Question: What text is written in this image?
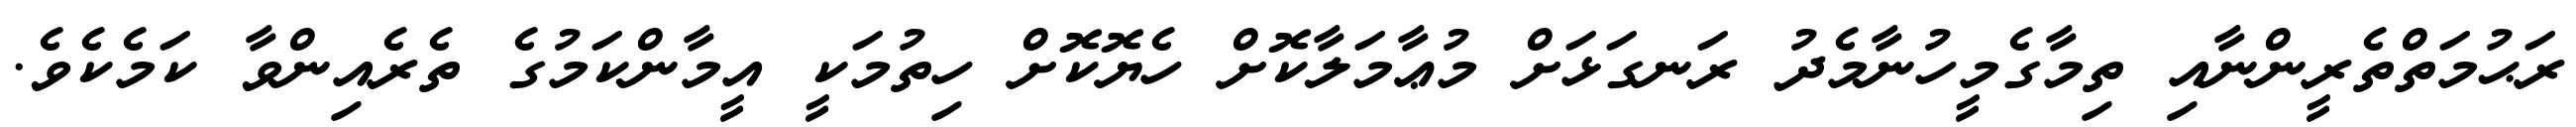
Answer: ރަޙުމަތްތެރީންނާއި ތިމާގެމީހުނާމެދު ރަނގަޅަށް މުޢާމަލާކޮށް ހެޔޮކޮށް ހިތުމަކީ އީމާންކަމުގެ ތެރެއިންވާ ކަމެކެވެ.